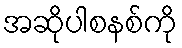
အဆိုပါစနစ်ကို